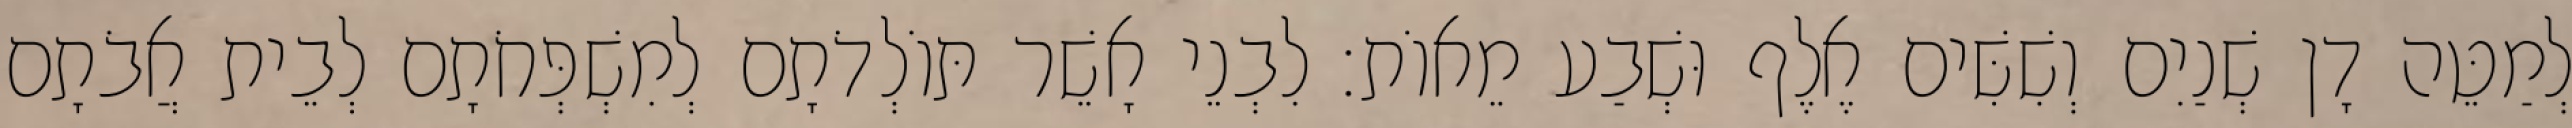
לְמַטֵּה דָן שְׁנַיִם וְשִׁשִּׁים אֶלֶף וּשְׁבַע מֵאוֹת׃ לִבְנֵי אָשֵׁר תּוֹלְדֹתָם לְמִשְׁפְּחֹתָם לְבֵית אֲבֹתָם